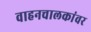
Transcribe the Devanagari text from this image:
वाहनचालकांवर